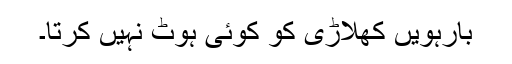
بارہویں کھلاڑی کو کوئی ہوٹ نہیں کرتا۔